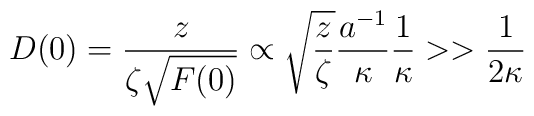
D(0)=\frac{z}{\zeta \sqrt {F(0)}}\propto\sqrt{\frac{z}{\zeta}}\frac{a^{-1}}{\kappa}\frac{1}{\kappa}>>\frac{1}{2\kappa}